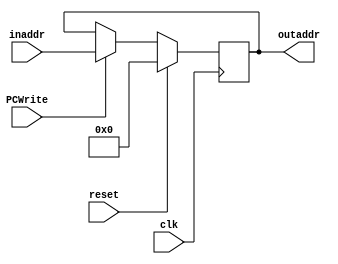
module PC(
	input [31:0] inaddr,
	input clk,reset,
	input PCWrite,
	output reg [31:0] outaddr);
	
	reg [31:0] temp;
	
	always @(posedge clk ) begin
		if (reset == 1'b1) begin
			outaddr <= 32'b0;
		end
		else begin
			if (PCWrite ==1) begin
				outaddr <= inaddr;
			end
		end
	end
endmodule